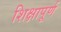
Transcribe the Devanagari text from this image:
शिक्षापूर्ण